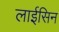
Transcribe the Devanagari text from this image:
लाईसिन